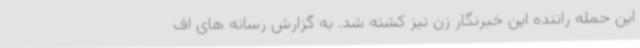
این حمله راننده این خبرنگار زن نیز کشته شد. به گزارش رسانه های اف